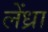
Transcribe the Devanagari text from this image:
लेंध्रा